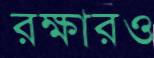
রক্ষারও